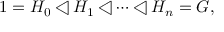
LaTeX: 1 = H _ { 0 } \triangleleft H _ { 1 } \triangleleft \cdots \triangleleft H _ { n } = G ,